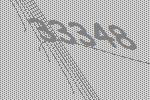
33348